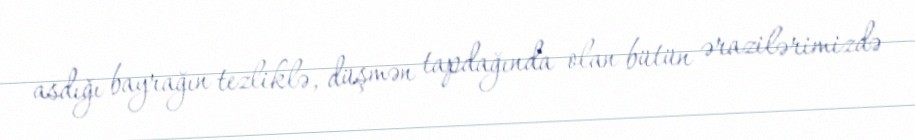
asdığı bayrağın tezliklə, düşmən tapdağında olan bütün ərazilərimizdə